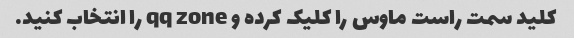
کلید سمت راست ماوس را کلیک کرده و qq zone را انتخاب کنید.